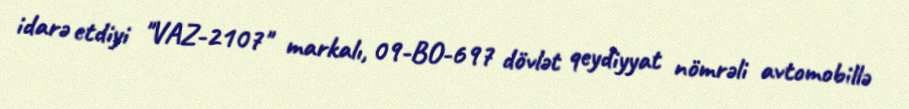
idarə etdiyi "VAZ-2107" markalı, 09-BO-697 dövlət qeydiyyat nömrəli avtomobillə